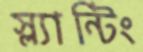
স্ল্যান্টিং